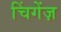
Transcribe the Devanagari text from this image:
चिंगेंज़